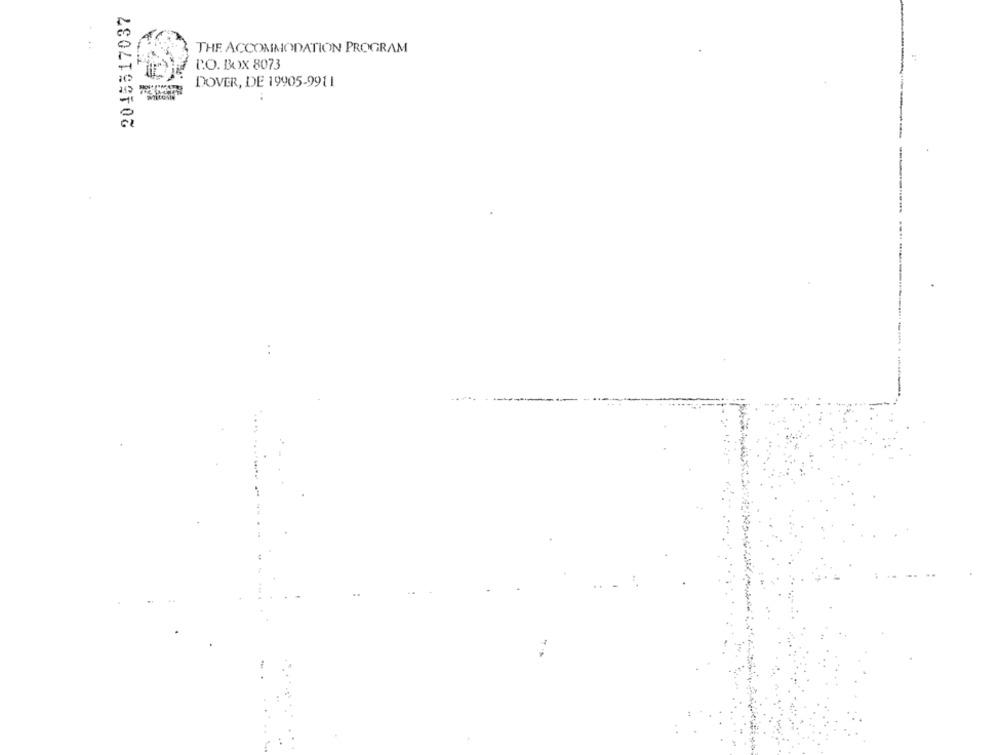
2045517037
...
THE ACCOMMODATION PROGRAM
C.O. Box 8073
DOVER, DE 19905-9911